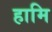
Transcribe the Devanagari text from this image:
हामि